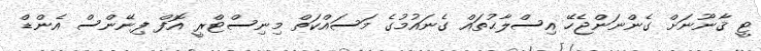
ޓީ ޤާނޫނަށް ގެންނަންޖެހޭ އިސްލާޙުތައް ގެނައުމުގެ މަސައްކަތް މިނިސްޓްރީ އޮފް ފިނޭންސް އެންޑް